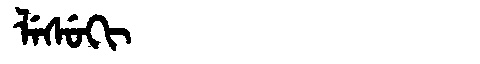
Manchu: ᠯᡝᠰᡠᡴᡳ
Romanization: LESUKI